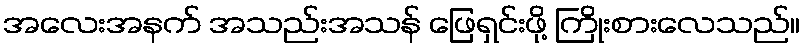
အလေးအနက် အသည်းအသန် ဖြေရှင်းဖို့ ကြိုးစားလေသည်။